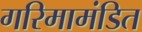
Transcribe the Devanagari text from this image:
गरिमामंडित